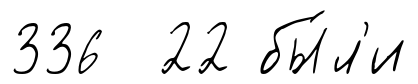
336 22 бы́л'и